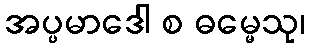
အပ္ပမာဒေါ စ ဓမ္မေသု၊